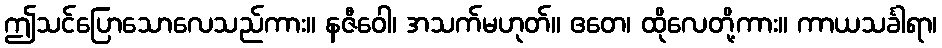
ဤသင်ပြောသောလေသည်ကား။ နဇီဝေါ၊ အသက်မဟုတ်။ ဧတေ၊ ထိုလေတို့ကား။ ကာယသင်္ခါရာ၊